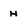
Character: H